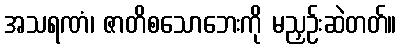
အသရဏံ၊ ဇာတိစသောဘေးကို မညှဉ်းဆဲတတ်။